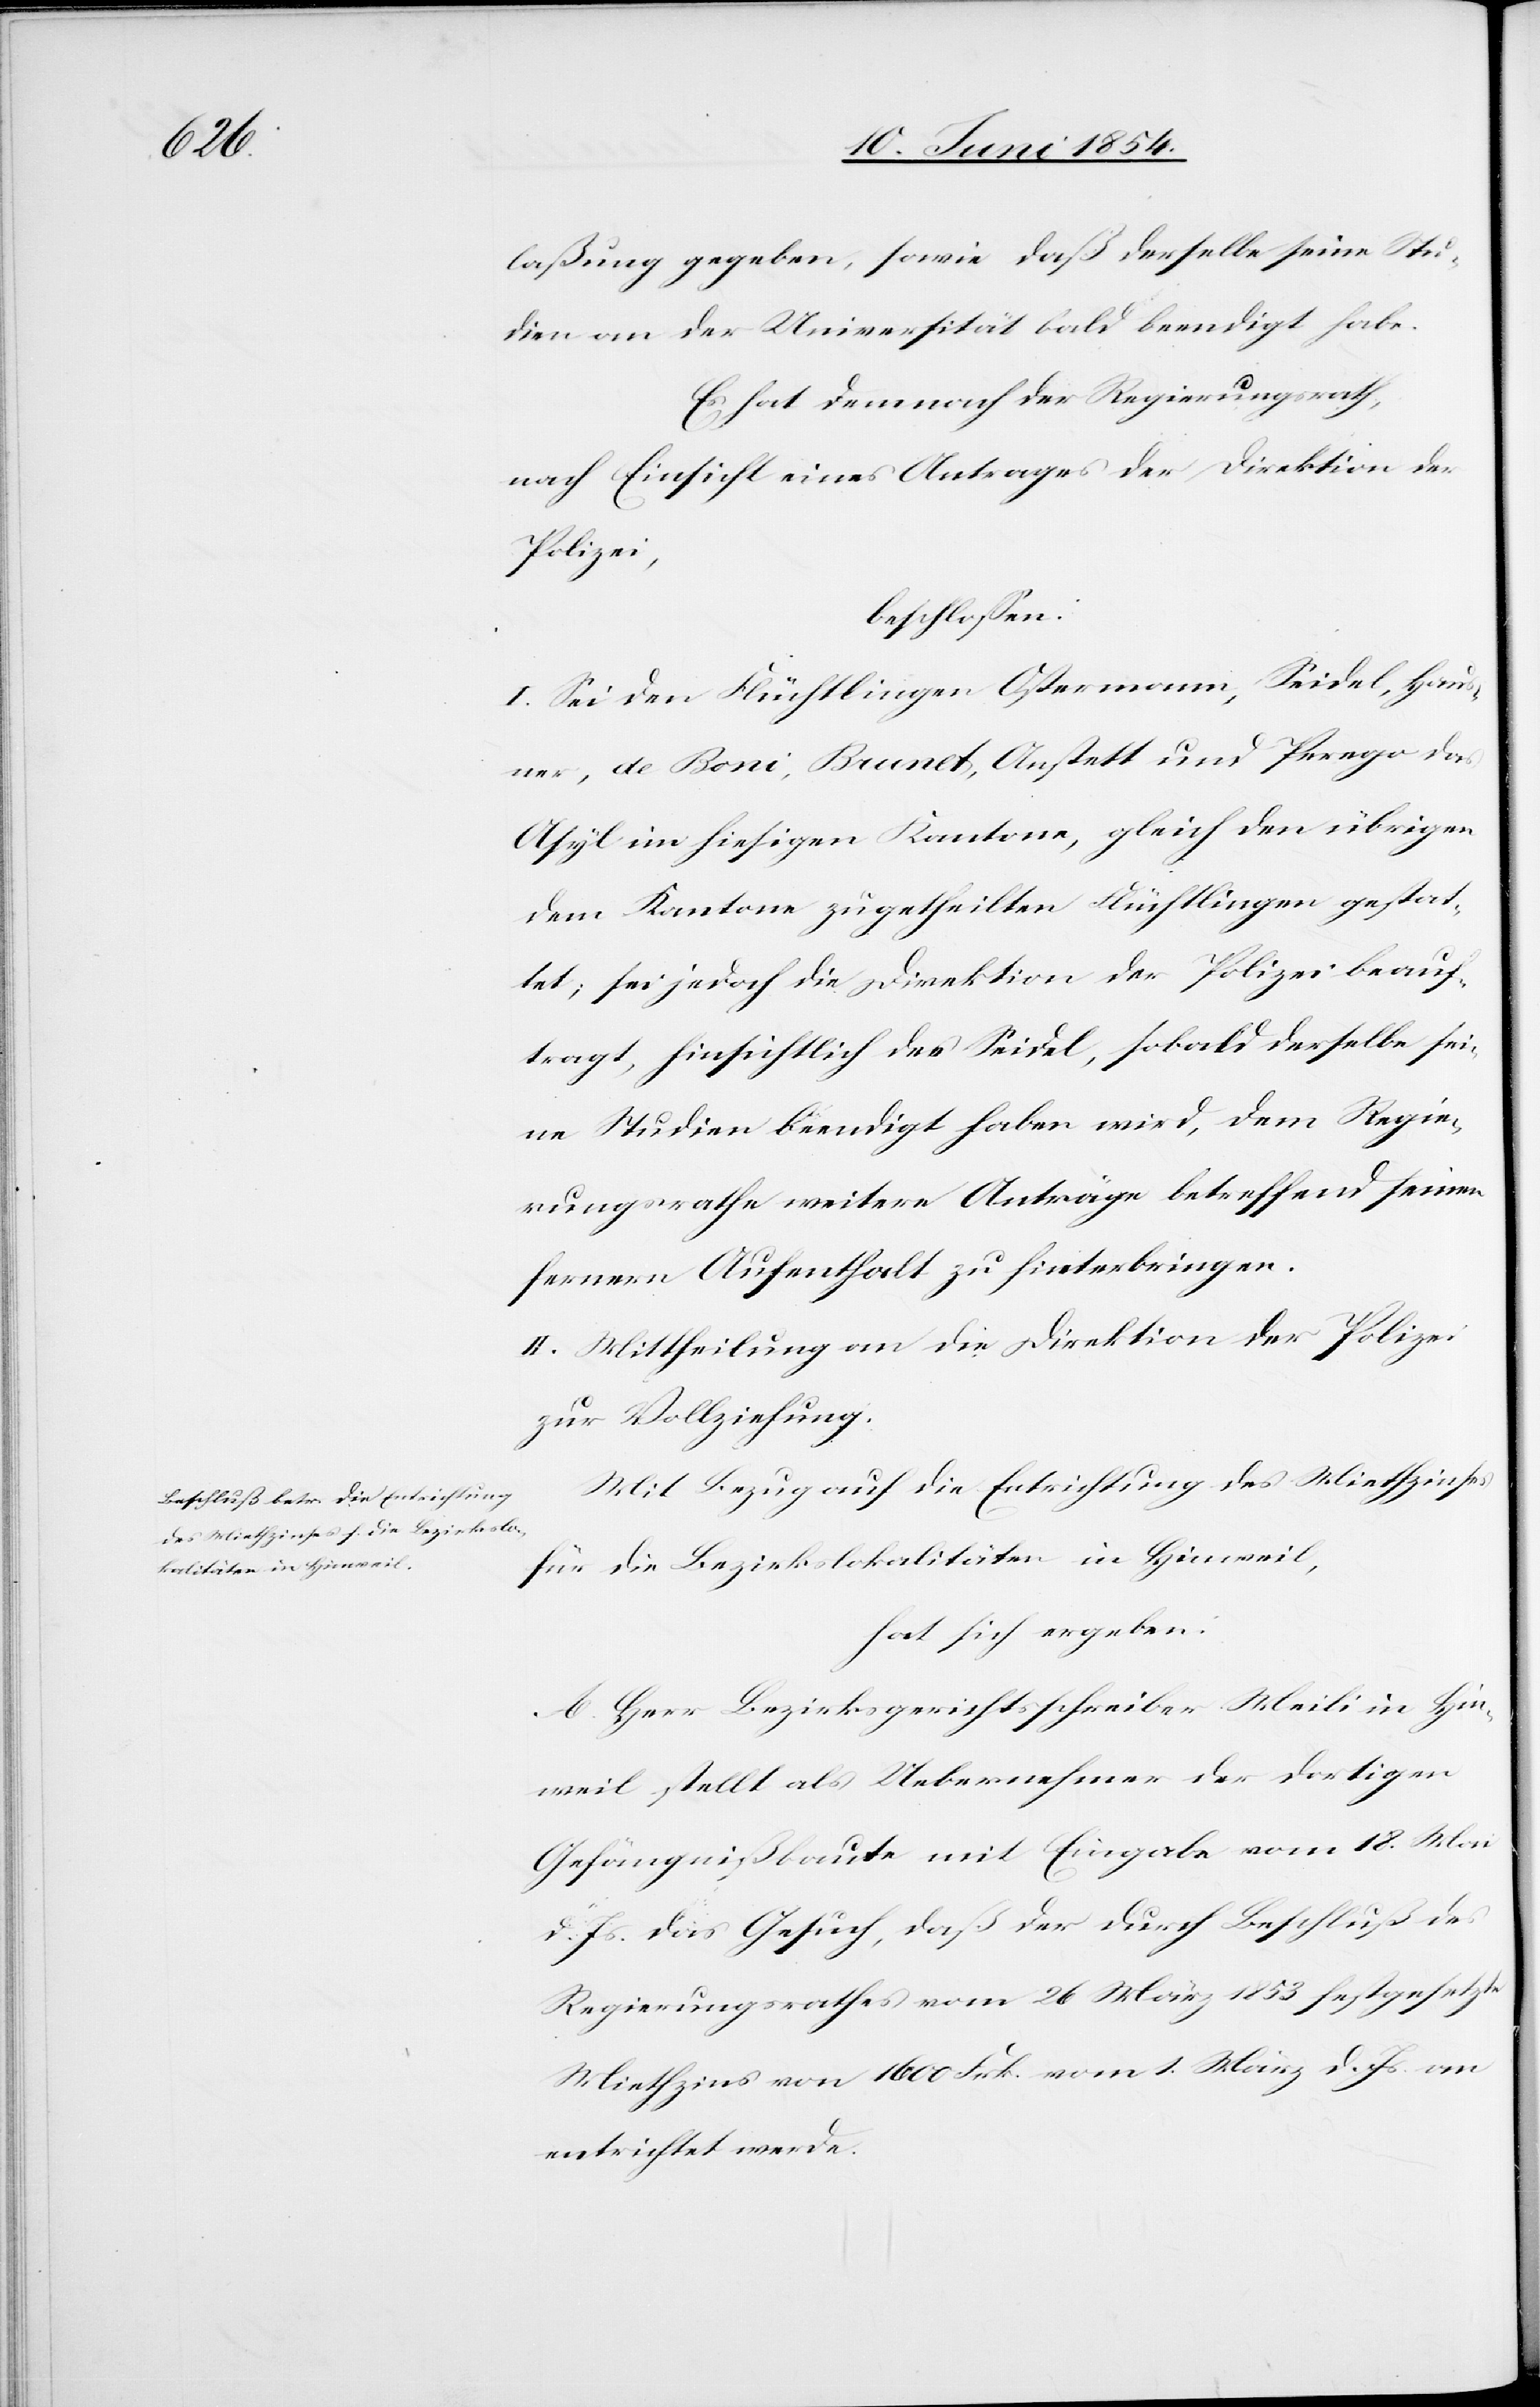
laßung gegeben, sowie daß derselbe seine Stu¬
dien an der Universität bald beendigt habe.
Es hat demnach der Regierungsrath,
nach Einsicht eines Antrages der Direktion der
Polizei,
beschloßen:
I. Sei den Flüchtlingen Ostermann, Seidel, Haus¬
ner, de Boni, Brunet, Anstett und Perego das
Asyl im hiesigen Kantone, gleich den übrigen
dem Kantone zugetheilten Flüchtlingen gestat¬
tet; sei jedoch die Direktion der Polizei beauf¬
tragt, hinsichtlich des Seidel, sobald derselbe sei¬
ne Studien beendigt haben wird, dem Regie¬
rungsrathe weitere Anträge betreffend seinen
fernern Aufenthalt zu hinterbringen.
II. Mittheilung an die Direktion der Polizei
zur Vollziehung.
Mit Bezug auf die Entrichtung des Miethzinses
für die Bezirkslokalitäten in Hinweil,
hat sich ergeben:
A. Herr Bezirksgerichtsschreiber Meili in Hin¬
weil stellt als Uebernehmer der dortigen
Gefängnißbaute mit Eingabe vom 18. Mai
d. Js. das Gesuch, daß der durch Beschluß des
Regierungsrathes vom 26 März 1853 festgesetzte
Miethzins von 1600 Frk. vom 1. März d. Js. an
entrichtet werde.